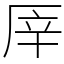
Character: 厗